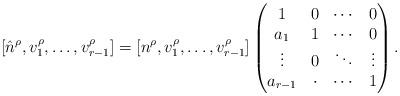
LaTeX: \begin{align*}[\hat n^\rho, v_1^\rho,\ldots, v_{r-1}^\rho] = [ n^\rho , v_1^\rho ,\ldots, v_{r-1}^\rho] \begin{pmatrix}1 & 0 & \cdots & 0 \\a_1 & 1 & \cdots & 0 \\\vdots & 0 & \ddots& \vdots \\a_{r-1} & \cdot & \cdots &1\end{pmatrix}.\end{align*}